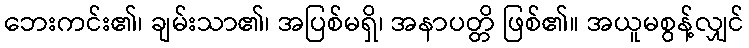
ဘေးကင်း၏၊ ချမ်းသာ၏၊ အပြစ်မရှိ၊ အနာပတ္တိ ဖြစ်၏။ အယူမစွန့်လျှင်